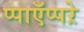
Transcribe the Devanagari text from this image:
प्पाऍप्पऱे